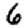
Digit: 6